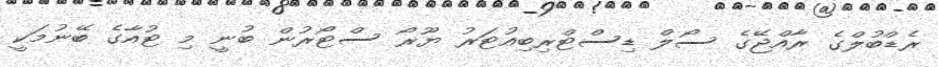
ރެޑްބުލްގެ ރާއްޖޭގެ ސޯލް ޑިސްޓްރިބިއުޓަރު ޔޫރޯ ސްޓޯރުން ބުނީ މި ޓުއާގެ ބޭނުމަކީ